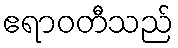
ဧရာဝတီသည်